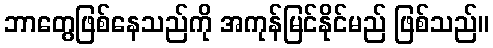
ဘာတွေဖြစ်နေသည်ကို အကုန်မြင်နိုင်မည် ဖြစ်သည်။